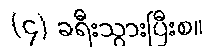
(၄) ခရီးသွားပြီးစ။